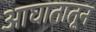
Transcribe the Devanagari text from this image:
आघातातून